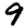
Digit: 9